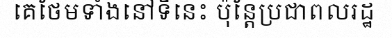
គេថែមទាំងនៅទីនេះ ប៉ុន្តែប្រជាពលរដ្ឋ